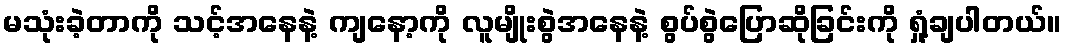
မသုံးခဲ့တာကို သင့်အနေနဲ့ ကျနော့ကို လူမျိုးစွဲအနေနဲ့ စွပ်စွဲပြောဆိုခြင်းကို ရှုံ့ချပါတယ်။